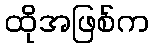
ထိုအဖြစ်က